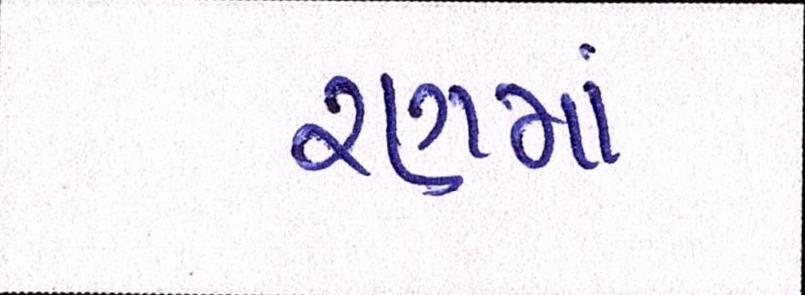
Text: રણમાં